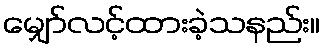
မျှော်လင့်ထားခဲ့သနည်း။